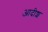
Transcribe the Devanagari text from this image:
आदीश